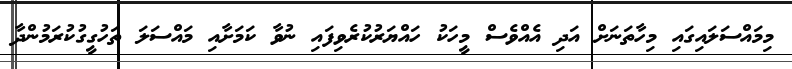
މިމައްސަލައިގައި މިހާތަނަށް އަދި އެއްވެސް މީހަކު ހައްޔަރުކުރެވިފައި ނުވާ ކަމަށާއި މައްސަލަ ތަހުގީގުކުރަމުންދާ